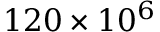
1 2 0 \times 1 0 ^ { 6 }